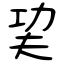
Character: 巭